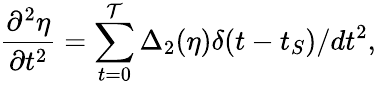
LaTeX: \frac{\partial^{2}\eta}{\partial t^{2}}=\sum_{t=0}^{\mathcal{T}}\Delta_{2}(\eta)\delta(t-t_{S})/dt^{2},